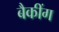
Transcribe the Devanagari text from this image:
बैकींग